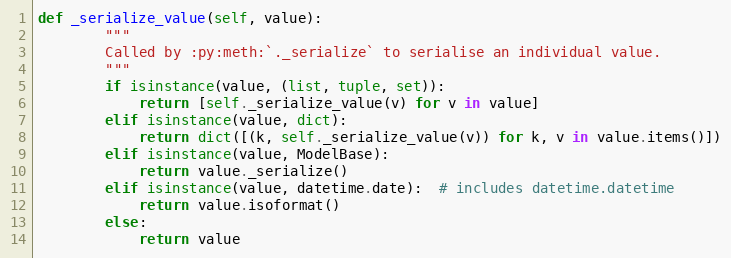
Language: Python
def _serialize_value(self, value):
        """
        Called by :py:meth:`._serialize` to serialise an individual value.
        """
        if isinstance(value, (list, tuple, set)):
            return [self._serialize_value(v) for v in value]
        elif isinstance(value, dict):
            return dict([(k, self._serialize_value(v)) for k, v in value.items()])
        elif isinstance(value, ModelBase):
            return value._serialize()
        elif isinstance(value, datetime.date):  # includes datetime.datetime
            return value.isoformat()
        else:
            return value